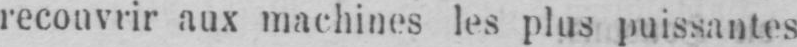
recouvrir aux machines les plus puissantes